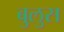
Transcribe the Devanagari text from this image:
बुलुस